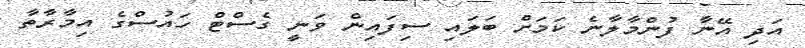
އަދި އޭނާ ފުންމާލާނެ ކަމަށް ބަލައި ސިފައިން ވަނީ ގެސްޓް ހައުސްގެ އިމާރާތާ